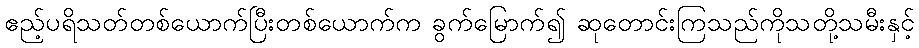
ဧည့်ပရိသတ်တစ်ယောက်ပြီးတစ်ယောက်က ခွက်မြောက်၍ ဆုတောင်းကြသည်ကိုသတို့သမီးနှင့်